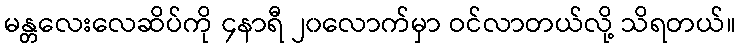
မန္တလေးလေဆိပ်ကို ၄နာရီ ၂၀လောက်မှာ ဝင်လာတယ်လို့ သိရတယ်။